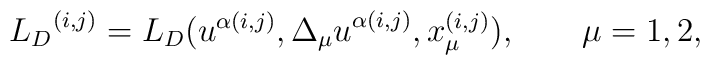
{{L}_D}^{(i,j)}={L}_D(u^{\alpha (i,j)}, {\Delta_{\mu} u}^{\alpha(i,j)}, x_\mu^{(i,j)}), \qquad \mu=1,2,